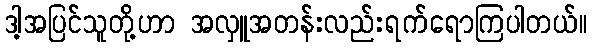
ဒါ့အပြင်သူတို့ဟာ အလှူအတန်းလည်းရက်ရောကြပါတယ်။